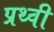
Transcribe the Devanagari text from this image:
प्रथ्‍वी